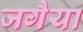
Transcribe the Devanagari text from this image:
जगैया